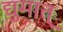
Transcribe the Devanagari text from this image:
द्युमात्